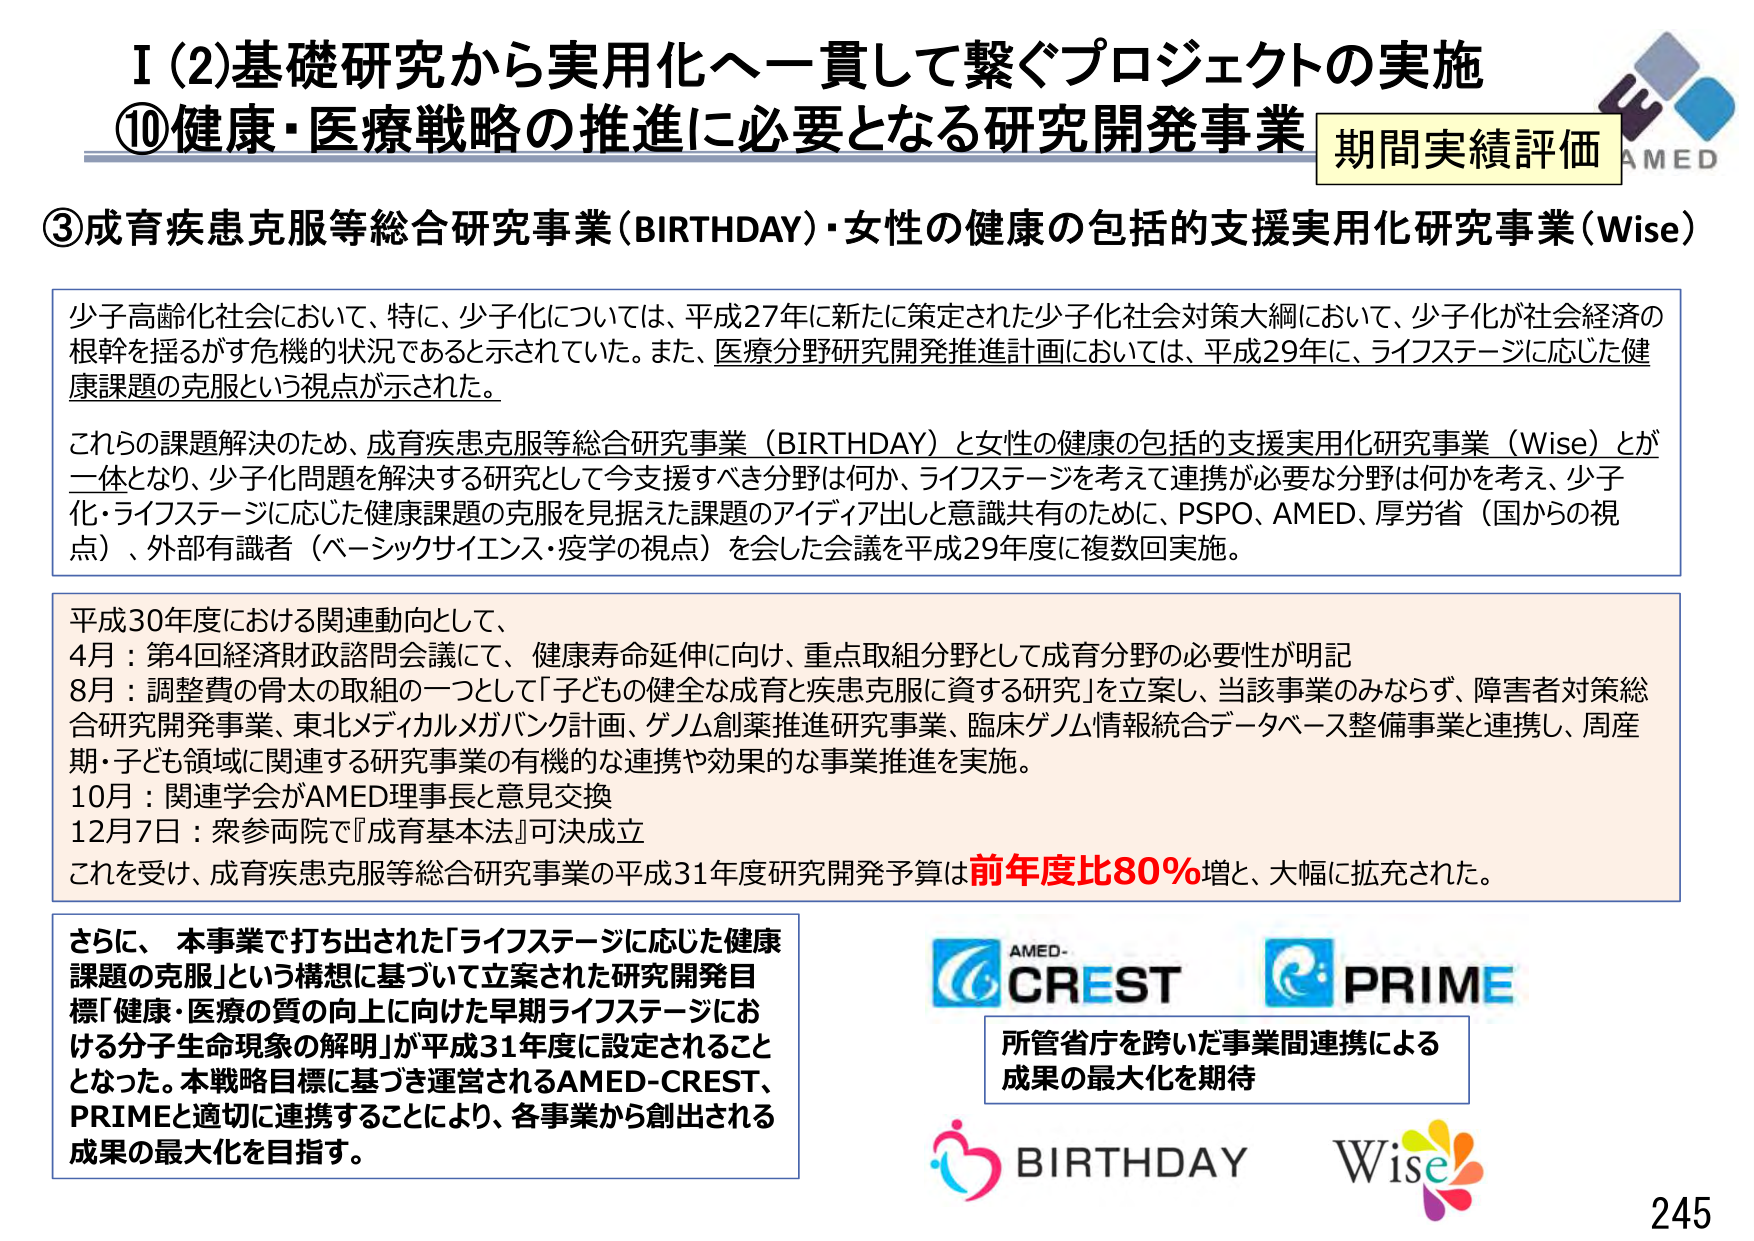
I (2) 基礎研究から実用化へ一貫して繋ぐプロジェクトの実施
⑩健康・医療戦略の推進に必要となる研究開発事業 期間実績評価
AMED

③成育疾患克服等総合研究事業（BIRTHDAY）・女性の健康の包括的支援実用化研究事業（Wise）

少子高齢化社会において、特に、少子化については、平成27年に新たに策定された少子化社会対策大綱において、少子化が社会経済の根幹を揺るがす危機的状況であると示されていた。また、医療分野研究開発推進計画においては、平成29年に、ライフステージに応じた健康課題の克服という視点が示された。

これらの課題解決のため、成育疾患克服等総合研究事業（BIRTHDAY）と女性の健康の包括的支援実用化研究事業（Wise）とが一体となり、少子化問題を解決する研究として今支援すべき分野は何か、ライフステージを考えて連携が必要な分野は何かを考え、少子化・ライフステージに応じた健康課題の克服を見据えた課題のアイディア出しと意識共有のために、PSPO、AMED、厚労省（国からの視点）、外部有識者（ベーシックサイエンス・疫学の視点）を会した会議を平成29年度に複数回実施。

平成30年度における関連動向として、
4月：第4回経済財政諮問会議にて、健康寿命延伸に向け、重点取組分野として成育分野の必要性が明記
8月：調整費の骨太の取組の一つとして「子どもの健全な成育と疾患克服に資する研究」を立案し、当該事業のみならず、障害者対策総合研究開発事業、東北メディカルメガバンク計画、ゲノム創薬推進研究事業、臨床ゲノム情報統合データベース整備事業と連携し、周産期・子ども領域に関連する研究事業の有機的な連携や効果的な事業推進を実施。
10月：関連学会がAMED理事長と意見交換
12月7日：衆参両院で『成育基本法』可決成立
これを受け、成育疾患克服等総合研究事業の平成31年度研究開発予算は前年度比80％増と、大幅に拡充された。

さらに、本事業で打ち出された「ライフステージに応じた健康課題の克服」という構想に基づいて立案された研究開発目標「健康・医療の質の向上に向けた早期ライフステージにおける分子生命現象の解明」が平成31年度に設定されることとなった。本戦略目標に基づき運営されるAMED-CREST、PRIMEと適切に連携することにより、各事業から創出される成果の最大化を目指す。

AMED-CREST
PRIME
所管省庁を跨いだ事業間連携による
成果の最大化を期待

BIRTHDAY
Wise

245